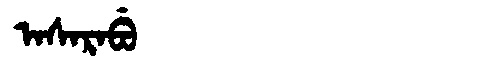
Manchu: ᠠᠰᠠᡵᠠᠪᡠ
Romanization: ASARABU